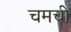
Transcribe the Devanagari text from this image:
चमची